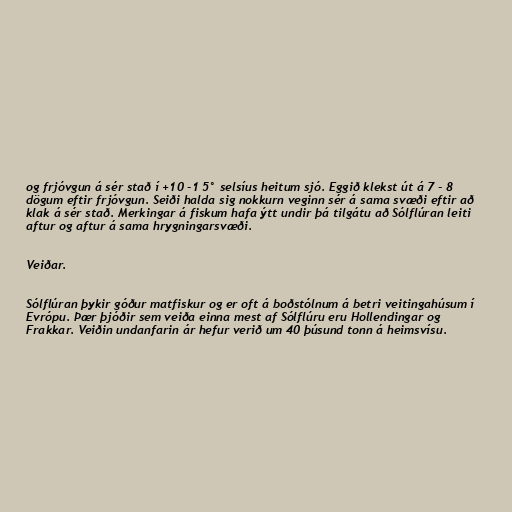
og frjóvgun á sér stað í +10 -1 5° selsíus heitum sjó. Eggið klekst út á 7 - 8
dögum eftir frjóvgun. Seiði halda sig nokkurn veginn sér á sama svæði eftir að
klak á sér stað. Merkingar á fiskum hafa ýtt undir þá tilgátu að Sólflúran leiti
aftur og aftur á sama hrygningarsvæði.

Veiðar.

Sólflúran þykir góður matfiskur og er oft á boðstólnum á betri veitingahúsum í
Evrópu. Þær þjóðir sem veiða einna mest af Sólflúru eru Hollendingar og
Frakkar. Veiðin undanfarin ár hefur verið um 40 þúsund tonn á heimsvísu.